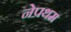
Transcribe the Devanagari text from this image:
नेप्रथम